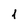
Character: 1